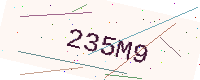
Text: 235M9